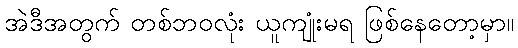
အဲဒီအတွက် တစ်ဘဝလုံး ယူကျုံးမရ ဖြစ်နေတော့မှာ။